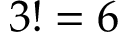
3 ! = 6